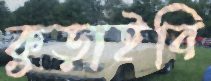
কুড়াইবি